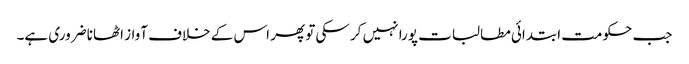
جب حکومت ابتدائی مطالبات پورا نہیں کر سکی تو پھر اس کے خلاف آواز اٹھانا ضروری ہے۔